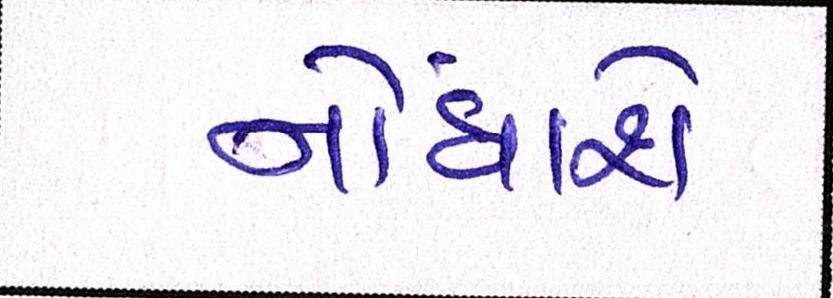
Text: નોંધાશે